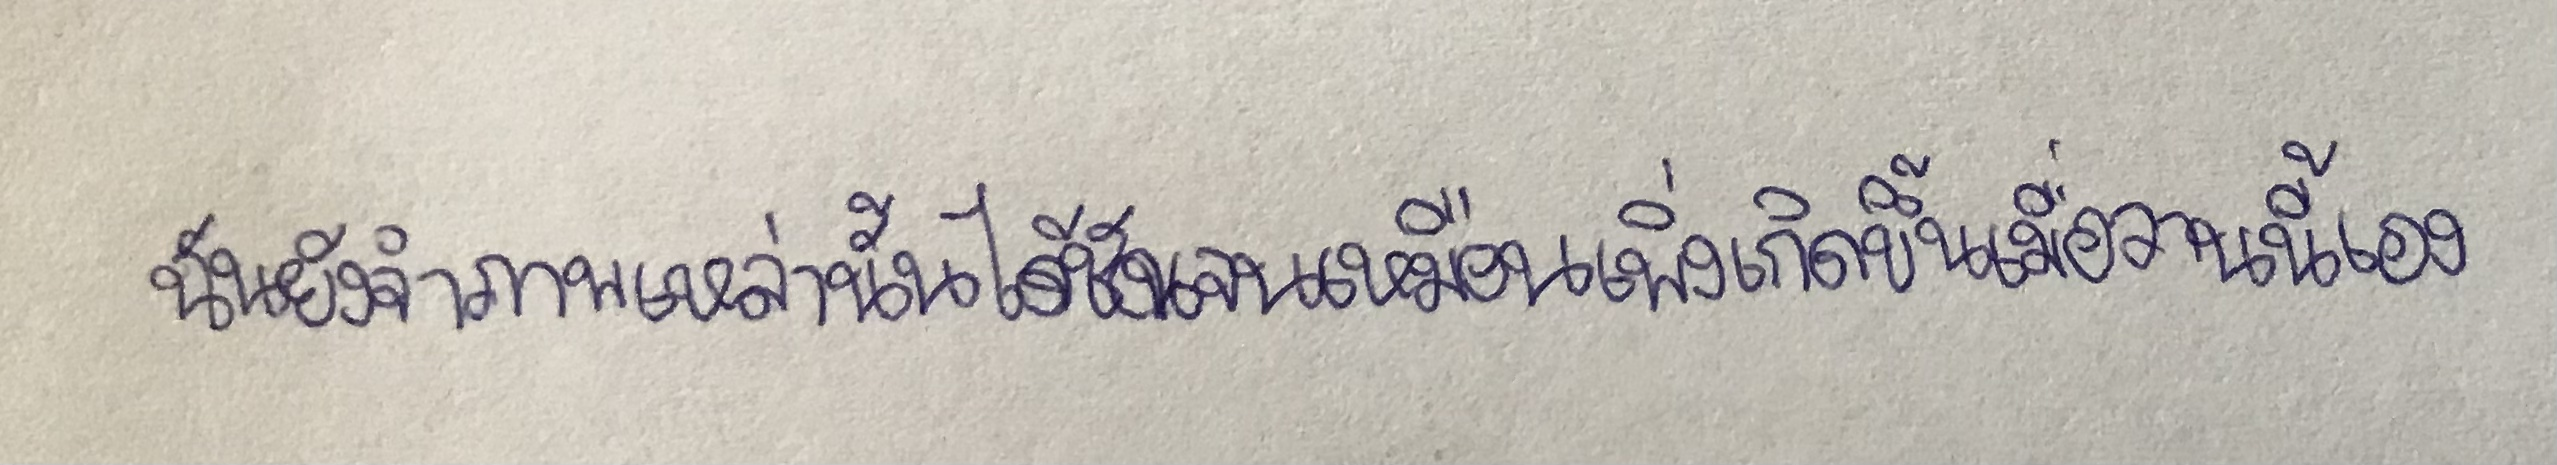
ฉันยังจำภาพเหล่านั้นได้ชัดเจนเหมือนเพิ่งเกิดขึ้นเมื่อวานนี้เอง